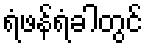
ရံဖန်ရံခါတွင်